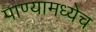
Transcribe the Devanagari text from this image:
पाण्यामध्येच